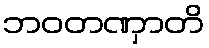
ဘဝတဏှာတိ